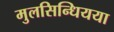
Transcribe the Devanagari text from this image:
मुलसिन्धियया